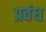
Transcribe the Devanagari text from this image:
प्रवंध